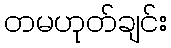
တမဟုတ်ချင်း